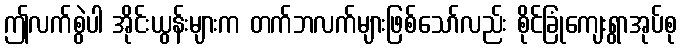
ဤလက်စွဲပါ အိုင်းယွန်းများက တက်ဘလက်များဖြစ်သော်လည်း စိုင်ခြုံကျေးရွာအုပ်စု